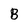
Character: B